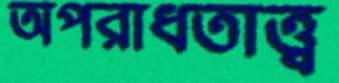
অপরাধতাত্ত্ব